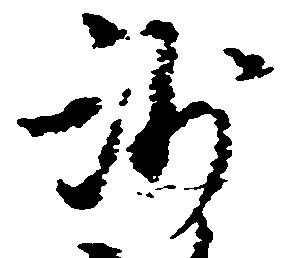
沙